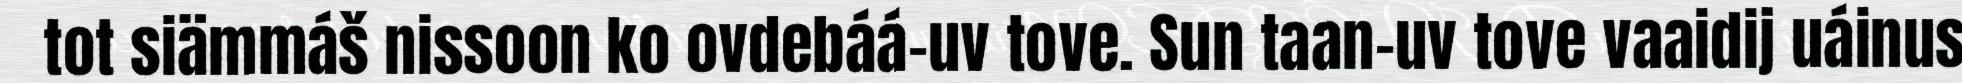
tot siämmáš nissoon ko ovdebáá-uv tove. Sun taan-uv tove vaaidij uáinus